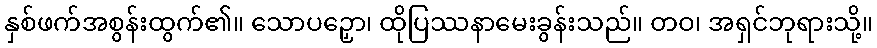
နှစ်ဖက်အစွန်းထွက်၏။ သောပဉှော၊ ထိုပြဿနာမေးခွန်းသည်။ တဝ၊ အရှင်ဘုရားသို့။